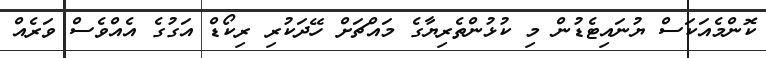
ކޮންމެއަކަސް ޔުނައިޓެޑުން މި ކުޅުންތެރިޔާގެ މައްޗަށް ހޭދަކުރި ރިކޯޑް އަގުގެ އެއްވެސް ވަރެއް